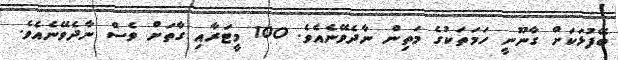
ބޭފުޅަކަށް ގާނޫނީ ހަމަތަކުގެ މަތިން ނާދެވޭނެއެވެ. 100 މީޓަރާއި ގާތަށް ވެސް ނާދެވޭނެއެވެ.